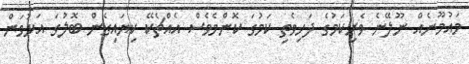
މައުމޫނެއް ނޫލޭނެ ވެރިކަމުގެ ދަހިވެތި ކަމުގަ ކޮންމެވެސް އެއްޗެކޭ ކިޔައިގެން ބޮލުގަ އަޅުވަން